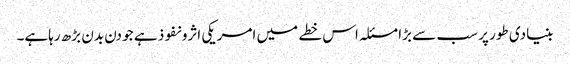
بنیادی طور پر سب سے بڑا مسئلہ اس خطے میں امریکی اثرو نفوذ ہے جو دن بدن بڑھ رہاہے۔